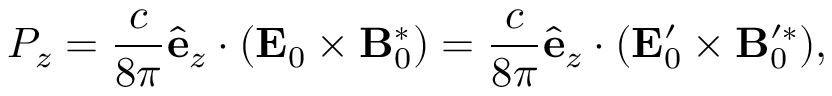
P _ { z } = \frac { c } { 8 \pi } \hat { \mathbf { e } } _ { z } \cdot ( \mathbf { E } _ { 0 } \times \mathbf { B } _ { 0 } ^ { * } ) = \frac { c } { 8 \pi } \hat { \mathbf { e } } _ { z } \cdot ( \mathbf { E } _ { 0 } ^ { \prime } \times \mathbf { B } _ { 0 } ^ { \prime * } ) ,